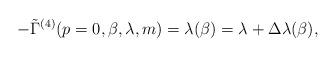
LaTeX: \begin{align*}-\tilde\Gamma^{(4)}(p=0,\beta,\lambda,m)=\lambda(\beta)=\lambda+\Delta\lambda(\beta),\end{align*}